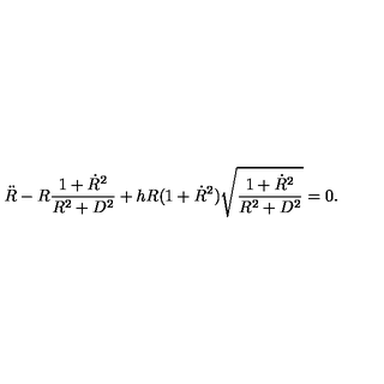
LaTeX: { \ddot { R } } - R \frac { 1 + { \dot { R } } ^ { 2 } } { R ^ { 2 } + D ^ { 2 } } + h R ( 1 + { \dot { R } } ^ { 2 } ) \sqrt { \frac { 1 + { \dot { R } } ^ { 2 } } { R ^ { 2 } + D ^ { 2 } } } = 0 .